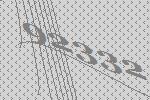
92332